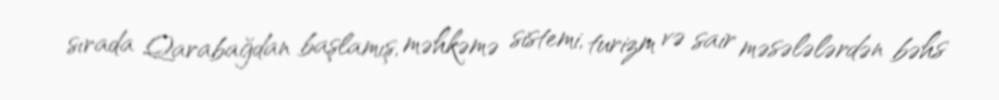
sırada Qarabağdan başlamış, məhkəmə sistemi, turizm və sair məsələlərdən bəhs